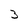
Character: 3